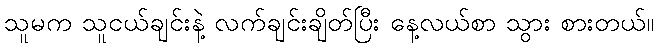
သူမက သူငယ်ချင်းနဲ့ လက်ချင်းချိတ်ပြီး နေ့လယ်စာ သွား စားတယ်။